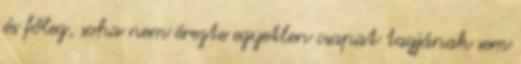
és főleg, soha nem érezte egyetlen csapat tagjának sem